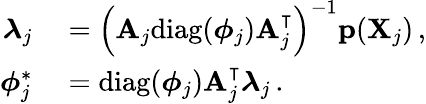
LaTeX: \begin{array}{rl}{\boldsymbol{\lambda}_{j}}&{{}=\left(\mathbf{A}_{j}\mathrm{diag}(\boldsymbol{\phi}_{j})\mathbf{A}_{j}^{\intercal}\right)^{-1}\mathbf{p}(\mathbf{X}_{j})\, ,}\\ {\boldsymbol{\phi}_{j}^{\ast}}&{{}=\mathrm{diag}(\boldsymbol{\phi}_{j})\mathbf{A}_{j}^{\intercal}\boldsymbol{\lambda}_{j}\, .}\end{array}